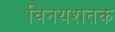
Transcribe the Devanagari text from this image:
विनयशतक